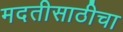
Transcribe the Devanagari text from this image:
मदतीसाठीचा